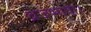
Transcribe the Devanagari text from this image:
ब्रजभाषा।